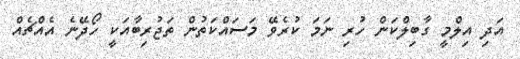
އަދި އިލްމީ ގާބިލްކަން ހުރި ނަމަ ކުރެވޭ މަސައްކަތުން ތަޖުރިބާއަކީ ހޯދޭނެ އެއްޗެއް